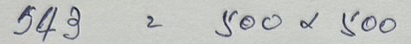
543 = 500x500